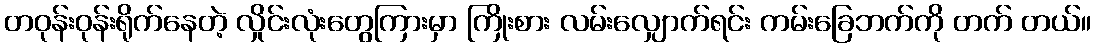
တဝုန်းဝုန်းရိုက်နေတဲ့ လှိုင်းလုံးတွေကြားမှာ ကြိုးစား လမ်းလျှောက်ရင်း ကမ်းခြေဘက်ကို တက် တယ်။